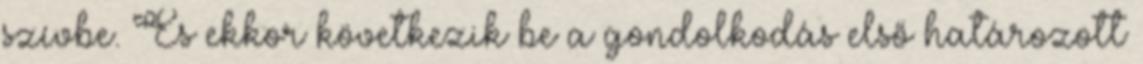
szívbe. És ekkor következik be a gondolkodás első határozott